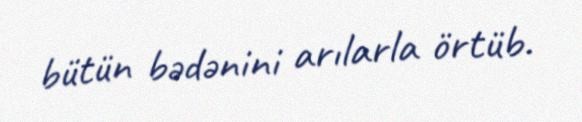
bütün bədənini arılarla örtüb.